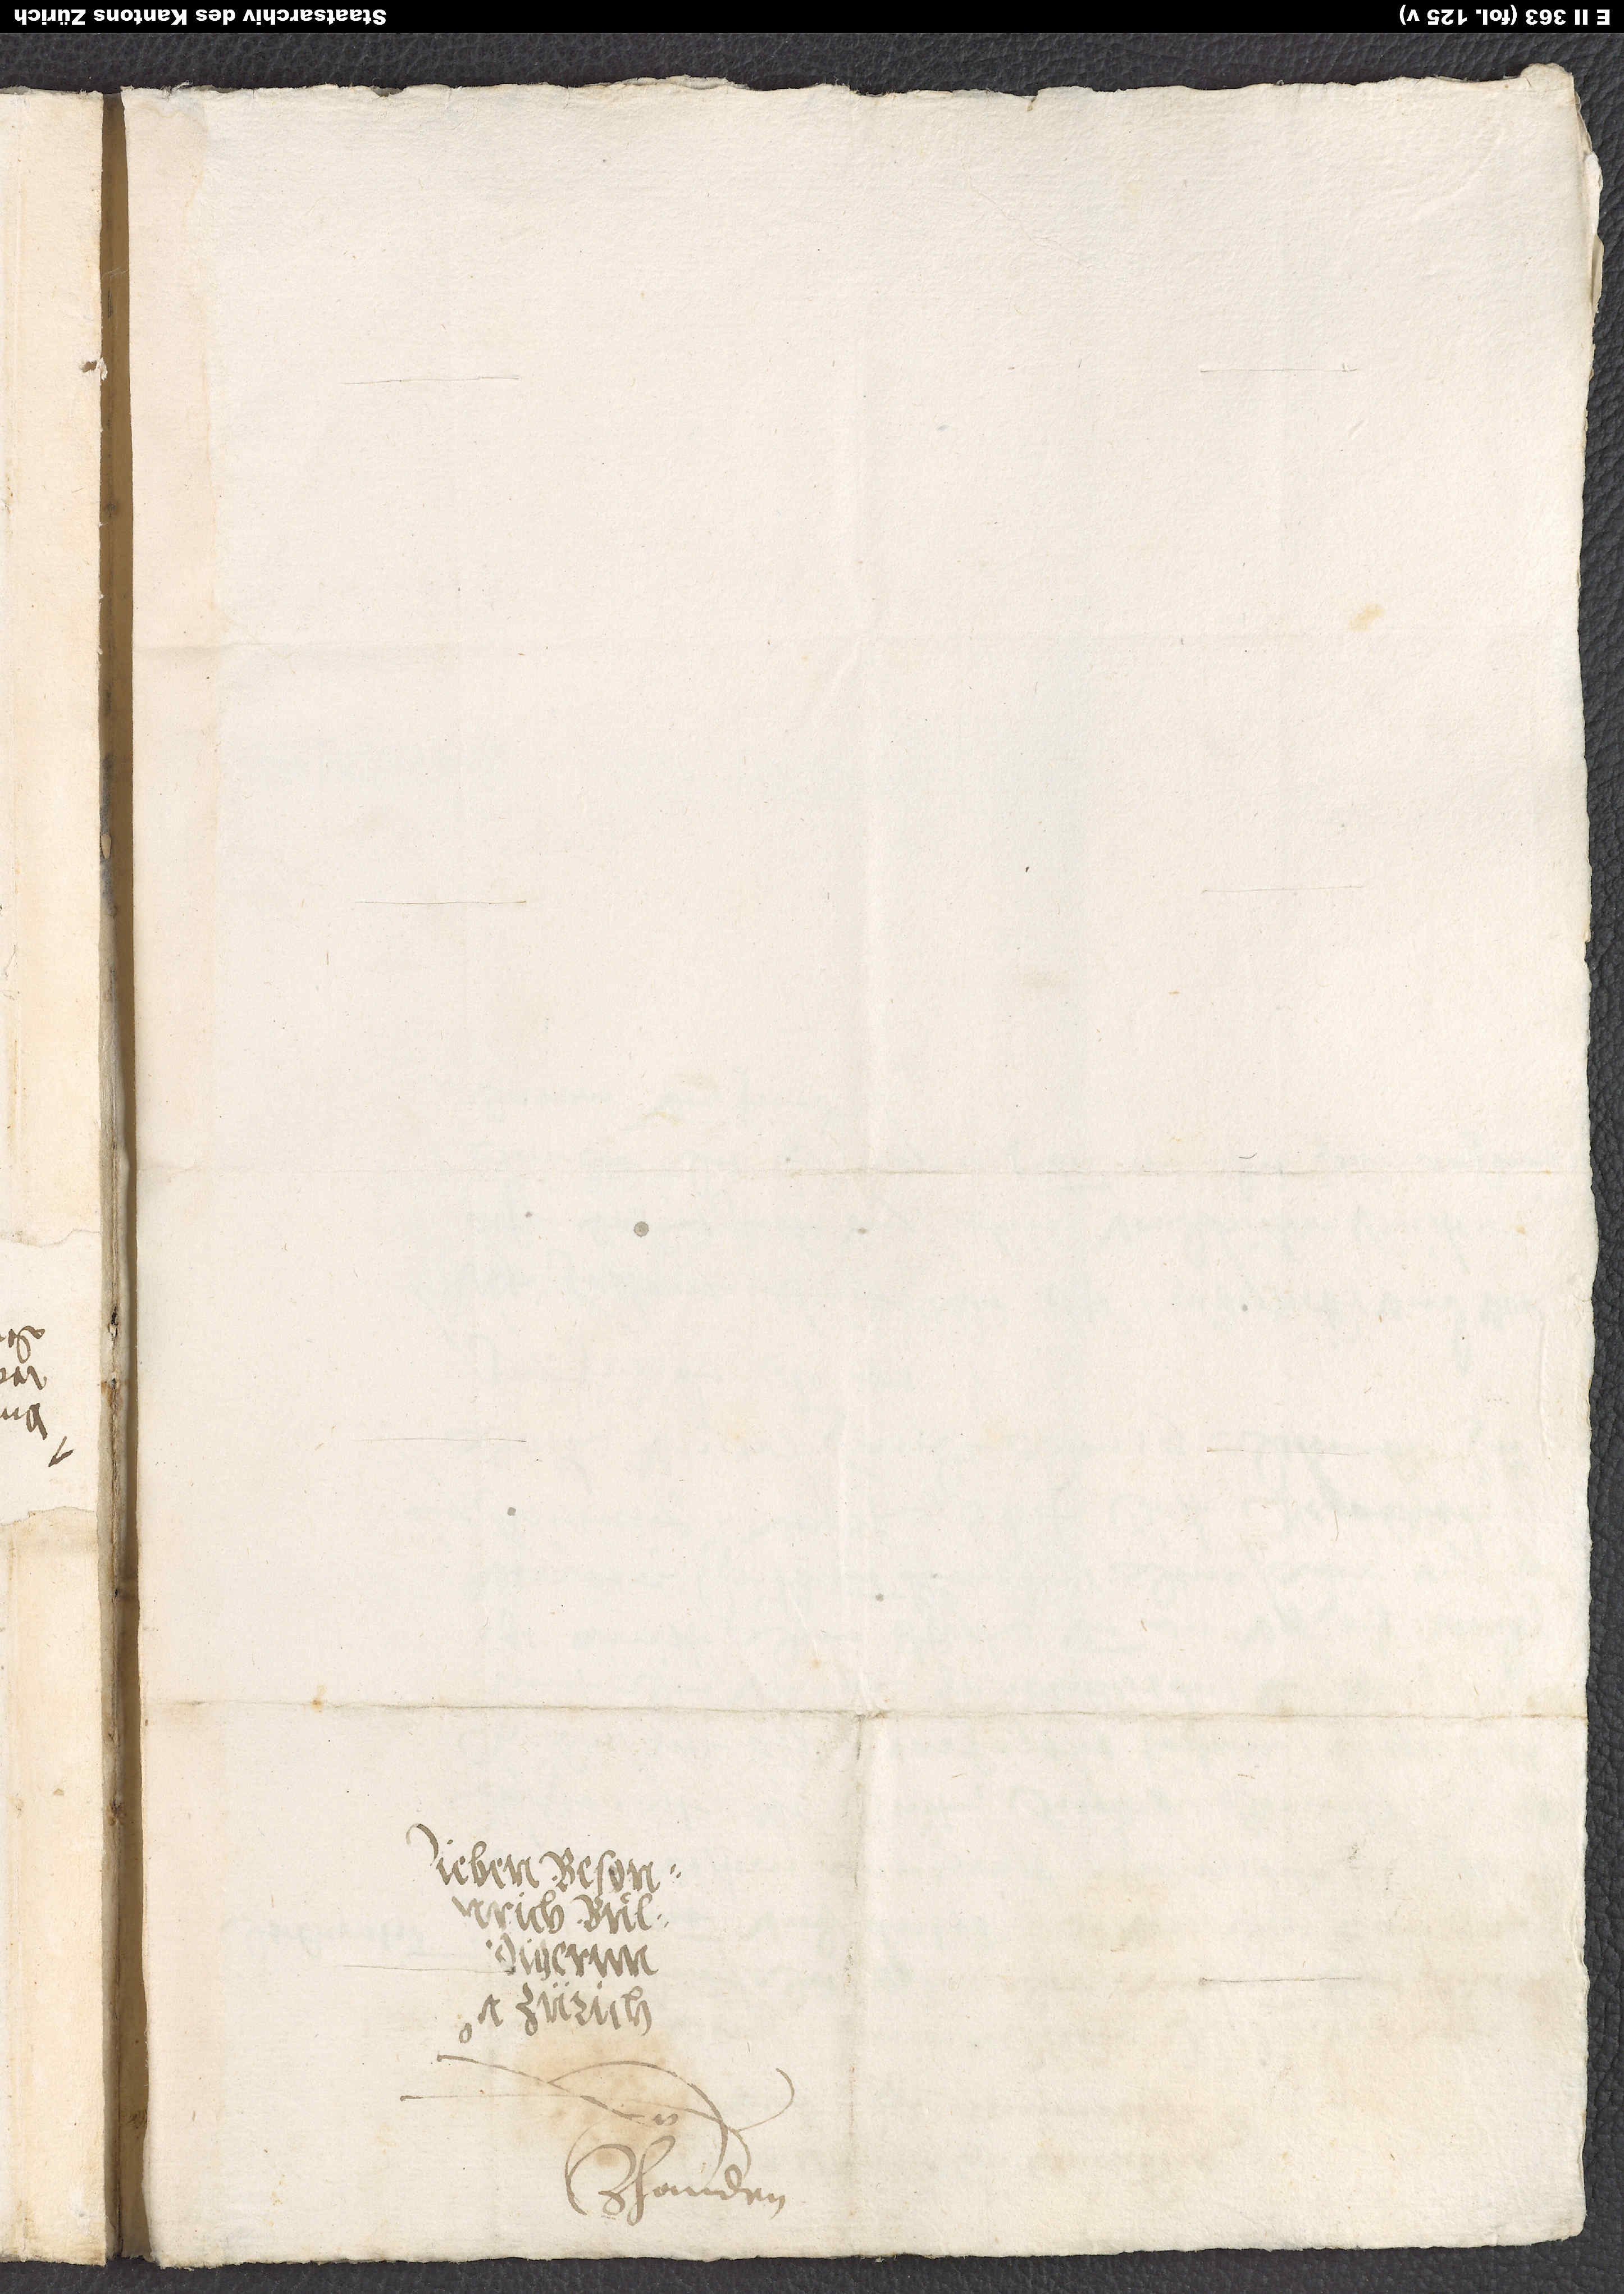
zhanden.